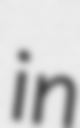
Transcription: in